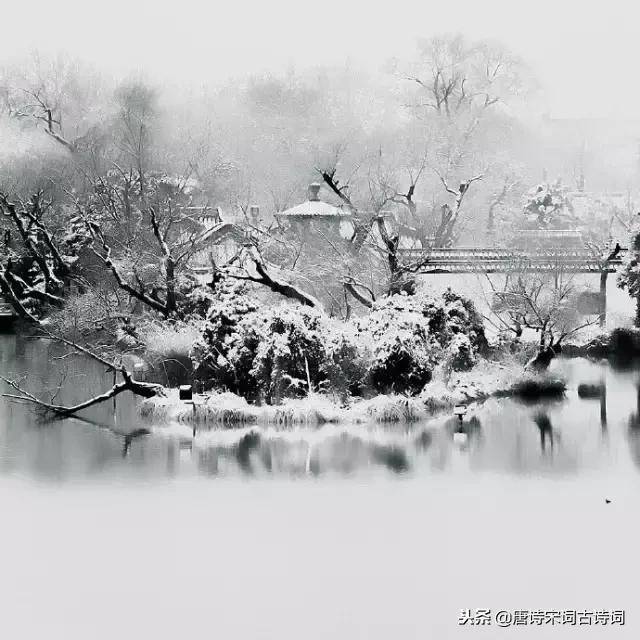
寒月悲笳，万里西风瀚海沙。